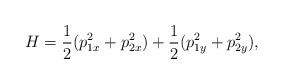
LaTeX: \begin{align*}H=\frac{1}{2}(p_{1x}^2+ p_{2x}^2)+\frac{1}{2}(p_{1y}^2+ p_{2y}^2), \end{align*}